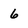
Character: 6